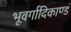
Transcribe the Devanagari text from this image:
भूवर्गादिकाण्डं